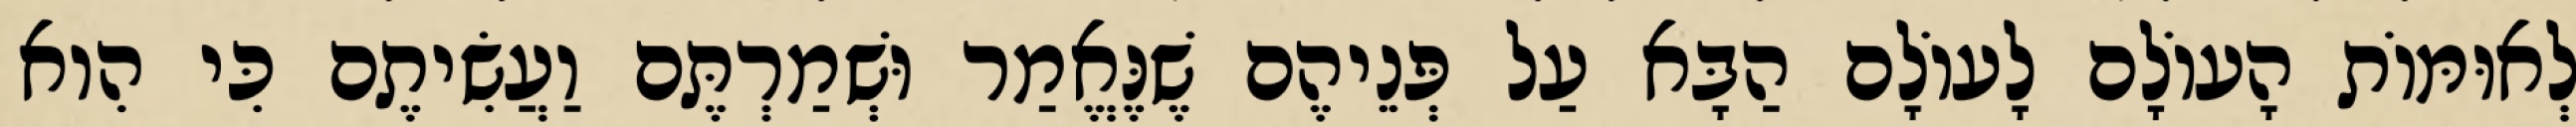
לְאוּמּוֹת הָעוֹלָם לָעוֹלָם הַבָּא עַל פְּנֵיהֶם שֶׁנֶּאֱמַר וּשְׁמַרְתֶּם וַעֲשִׂיתֶם כִּי הִוא